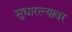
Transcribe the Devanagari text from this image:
सुधारल्यावर